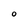
Character: O